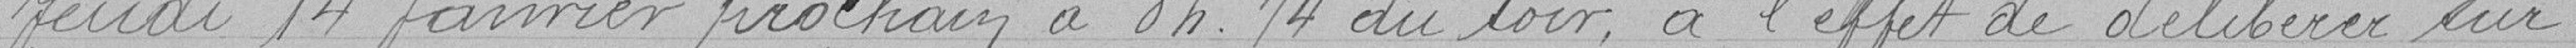
jeudi 14 janvier prochaine à 8h15 du soir à l'effet de délibérer sur